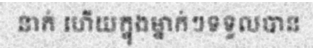
នាក់ ហើយក្នុងម្នាក់ៗទទួលបាន